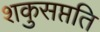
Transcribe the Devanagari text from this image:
शकुसप्तति